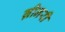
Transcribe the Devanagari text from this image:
ग्रीनरी